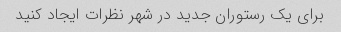
برای یک رستوران جدید در شهر نظرات ایجاد کنید